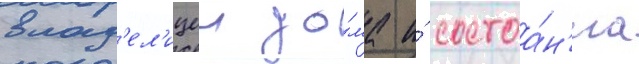
влад'ел'ицеи до́ма и́ состоа́н'иа